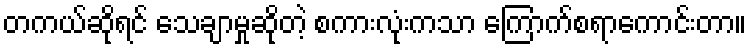
တကယ်ဆိုရင် သေချာမှုဆိုတဲ့ စကားလုံးကသာ ကြောက်စရာကောင်းတာ။